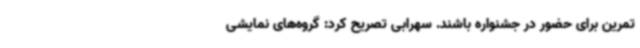
تمرین برای حضور در جشنواره باشند. سهرابی تصریح کرد: گروه‌های نمایشی